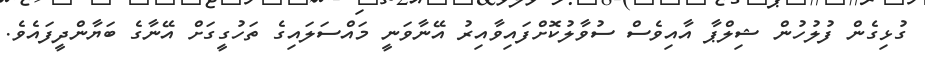
ގުޅިގެން ފުލުހުން ޝިލްޕާ އާއިވެސް ސުވާލުކޮށްފައިވާއިރު އޭނާވަނީ މައްސަލައިގެ ތަހުގީގަށް އޭނާގެ ބަޔާންދީފައެވެ.